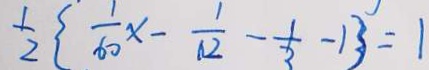
\frac { 1 } { 2 } \{ \frac { 1 } { 6 0 } x - \frac { 1 } { 1 2 } - \frac { 1 } { 3 } - 1 \} = 1